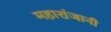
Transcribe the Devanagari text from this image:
महारांजानी